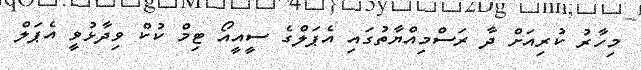
މިހާރު ކުރިއަށް ދާ ރަސްމިއްޔާތުގައި އެޕަލްގެ ސީއީއޯ ޓިމް ކުކް ވިދާޅުވީ އެޕަލް